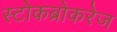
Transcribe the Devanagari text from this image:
स्टोकब्रोकरेज